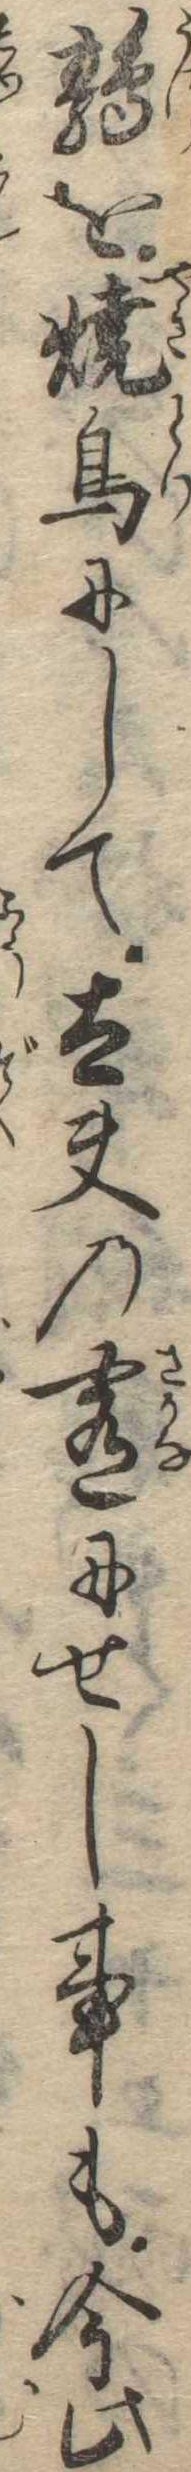
鶉を焼鳥にして太夫の肴にせし事も今此